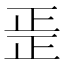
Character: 𱥂